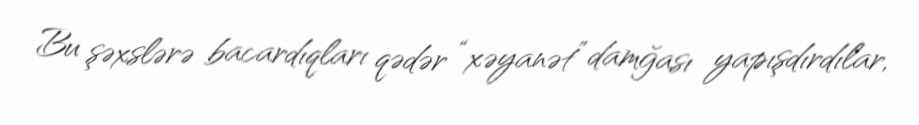
Bu şəxslərə bacardıqları qədər “xəyanət” damğası yapışdırdılar,